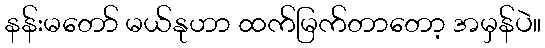
နန်းမတော် မယ်နုဟာ ထက်မြက်တာတော့ အမှန်ပဲ။